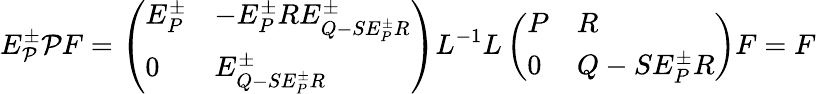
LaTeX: E_{\mathcal{P}}^{\pm}\mathcal{P}F=\left(\begin{array}{ll}{E_{P}^{\pm}}&{-E_{P}^{\pm}RE_{Q-SE_{P}^{\pm}R}^{\pm}}\\ {0}&{E_{Q-SE_{P}^{\pm}R}^{\pm}}\end{array}\right)L^{-1}L\left(\begin{array}{ll}{P}&{R}\\ {0}&{Q-SE_{P}^{\pm}R}\end{array}\right)F=F